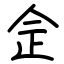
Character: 佱